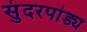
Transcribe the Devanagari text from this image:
सुंदरपांड्य